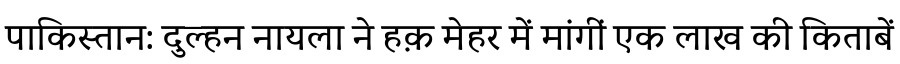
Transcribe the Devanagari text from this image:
पाकिस्तान: दुल्हन नायला ने हक़ मेहर में मांगीं एक लाख की किताबें